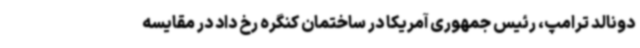
دونالد ترامپ، رئیس جمهوری آمریکا در ساختمان کنگره رخ داد در مقایسه